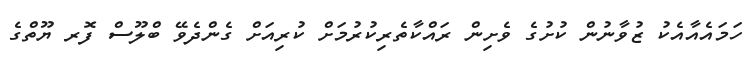
ހަމައެއާއެކު ޒުވާނުން ކުށުގެ ވެށިން ރައްކާތެރިކުރުމަށް ކުރިއަށް ގެންދެވޭ ބްލޫސް ފޮރ ޔޫތްގެ